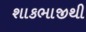
શાકભાજીથી